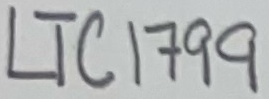
Text: LTC1799